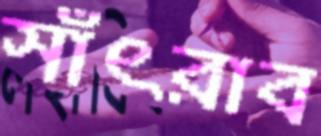
সাঁৎরাব